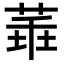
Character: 𦴂